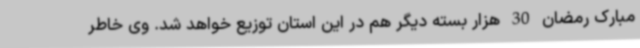
مبارک رمضان 30 هزار بسته دیگر هم در این استان توزیع خواهد شد. وی خاطر